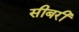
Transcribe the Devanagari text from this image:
सीबरी